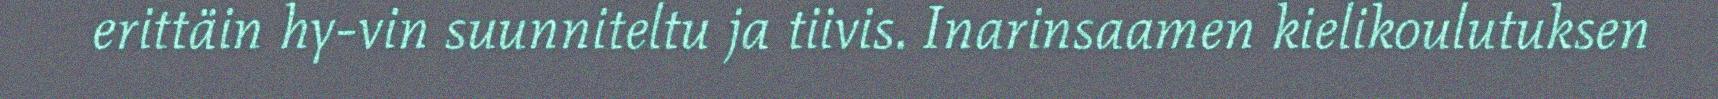
erittäin hy-vin suunniteltu ja tiivis. Inarinsaamen kielikoulutuksen